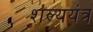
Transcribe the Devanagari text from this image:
शल्ययंत्र